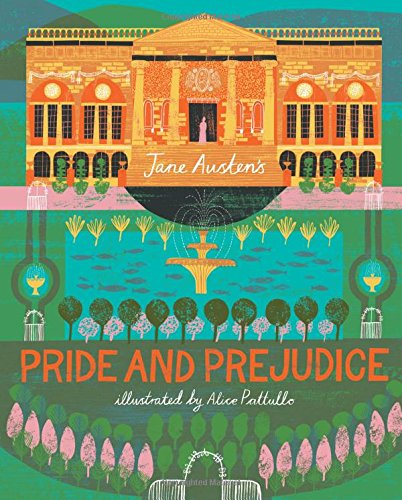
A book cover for Classics Reimagined, Pride and Prejudice; Jane Austen; Romance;